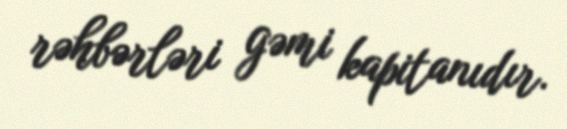
rəhbərləri gəmi kapitanıdır.